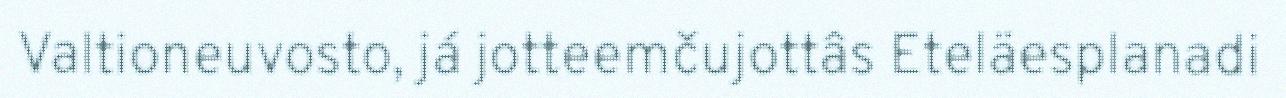
Valtioneuvosto, já jotteemčujottâs Eteläesplanadi